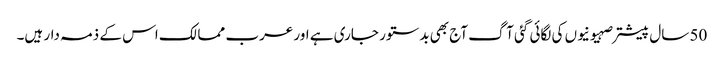
50 سال پیشتر صہیونیوں کی لگائی گئی آگ آج بھی بدستور جاری ہے اور عرب ممالک اس کے ذمہ دار ہیں۔